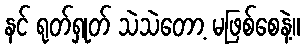
နင် ရုတ်ရှုတ် သဲသဲတော့ မဖြစ်စေနဲ့။